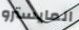
المايسترو